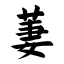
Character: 萋